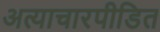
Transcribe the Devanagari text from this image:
अत्याचारपीडित